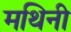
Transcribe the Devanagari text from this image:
मथिनी